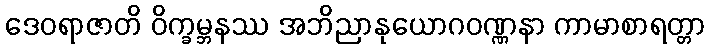
ဒေဝရာဇာတိ ဝိက္ခမ္ဘနဿ အဘိညာနုယောဂဝဏ္ဏနာ ကာမာစာရတ္တာ